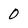
Character: 0